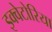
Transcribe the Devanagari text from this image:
इक्वेटोरिया